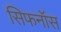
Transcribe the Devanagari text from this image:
सिफनॉस